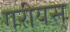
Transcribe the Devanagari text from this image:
गरीयस्‌